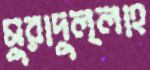
মুরাদুল্লাহ